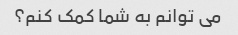
می توانم به شما کمک کنم؟